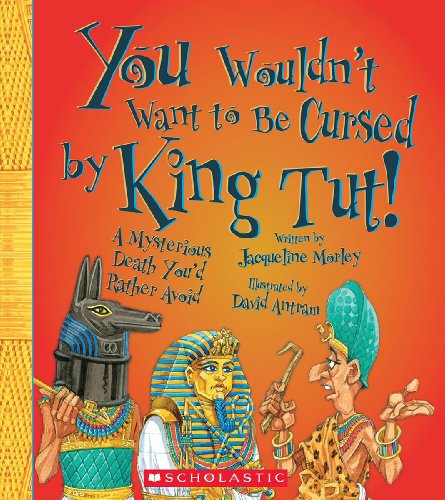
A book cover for You Wouldn't Want to Be Cursed by King Tut!: A Mysterious Death You'd Rather Avoid; Jacqueline Morley; Children's Books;